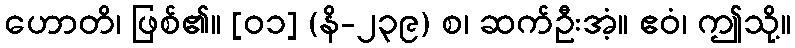
ဟောတိ၊ ဖြစ်၏။ [၀၁] (နိ-၂၃၉) စ၊ ဆက်ဦးအံ့။ ဧဝံ၊ ဤသို့။